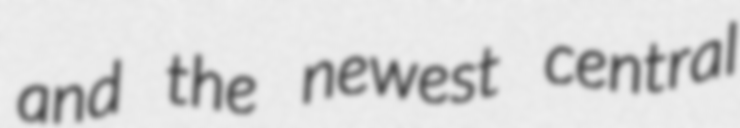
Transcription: and the newest central